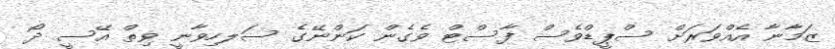
ޒަމާނާ އެއްވަރަށް ސްޕީޑްވެސް ފާސްޓް ވެގެން ކަންނޭގެ ސަލހިވާނީ ވިތް އޭސީ ދޯ